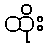
ထိုး